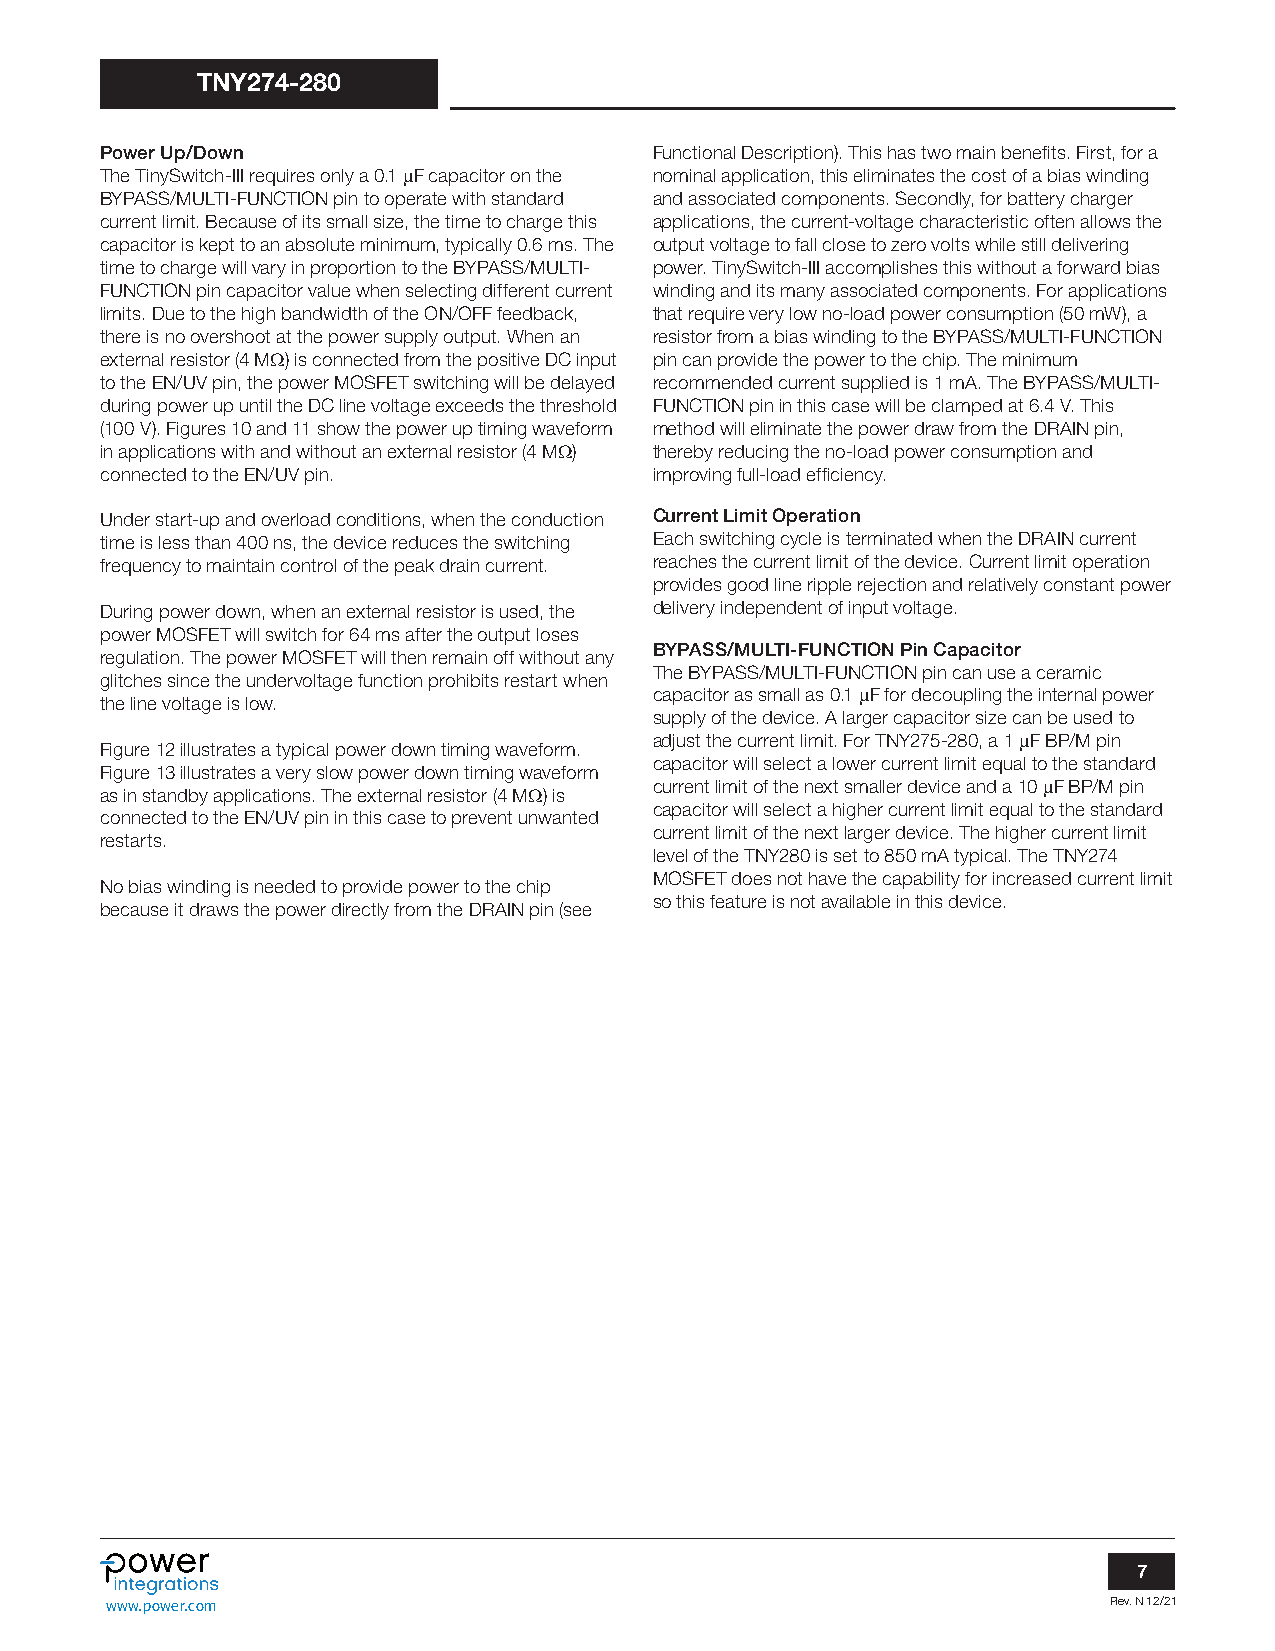
TNY274-280
 Power Up/Down                       Functional Description). This has two main benefits. First, for a
 The TinySwitch-III requires only a 0.1 mF capacitor on the nominal application, this eliminates the cost of a bias winding
 BYPASS/MULTI-FUNCTION pin to operate with standard and associated components. Secondly, for battery charger
 current limit. Because of its small size, the time to charge this applications, the current-voltage characteristic often allows the
 capacitor is kept to an absolute minimum, typically 0.6 ms. The output voltage to fall close to zero volts while still delivering
 time to charge will vary in proportion to the BYPASS/MULTI- power. TinySwitch-III accomplishes this without a forward bias
 FUNCTION pin capacitor value when selecting different current winding and its many associated components. For applications
 limits. Due to the high bandwidth of the ON/OFF feedback, that require very low no-load power consumption (50 mW), a
 there is no overshoot at the power supply output. When an resistor from a bias winding to the BYPASS/MULTI-FUNCTION
 external resistor (4 MW) is connected from the positive DC input pin can provide the power to the chip. The minimum
 to the EN/UV pin, the power MOSFET switching will be delayed recommended current supplied is 1 mA. The BYPASS/MULTI-
 during power up until the DC line voltage exceeds the threshold FUNCTION pin in this case will be clamped at 6.4 V. This
 (100 V). Figures 10 and 11 show the power up timing waveform method will eliminate the power draw from the DRAIN pin,
 in applications with and without an external resistor (4 MW) thereby reducing the no-load power consumption and
 connected to the EN/UV pin.         improving full-load efficiency.
 Under start-up and overload conditions, when the conduction Current Limit Operation
 time is less than 400 ns, the device reduces the switching Each switching cycle is terminated when the DRAIN current
 frequency to maintain control of the peak drain current. reaches the current limit of the device. Current limit operation
 provides good line ripple rejection and relatively constant power
 During power down, when an external resistor is used, the delivery independent of input voltage.
 power MOSFET will switch for 64 ms after the output loses
 BYPASS/MULTI-FUNCTION Pin Capacitor
 regulation. The power MOSFET will then remain off without any
 The BYPASS/MULTI-FUNCTION pin can use a ceramic
 glitches since the undervoltage function prohibits restart when
 capacitor as small as 0.1 mF for decoupling the internal power
 the line voltage is low.
 supply of the device. A larger capacitor size can be used to
 adjust the current limit. For TNY275-280, a 1 mF BP/M pin
 Figure 12 illustrates a typical power down timing waveform.
 capacitor will select a lower current limit equal to the standard
 Figure 13 illustrates a very slow power down timing waveform
 current limit of the next smaller device and a 10 mF BP/M pin
 as in standby applications. The external resistor (4 MW) is
 capacitor will select a higher current limit equal to the standard
 connected to the EN/UV pin in this case to prevent unwanted
 current limit of the next larger device. The higher current limit
 restarts.
 level of the TNY280 is set to 850 mA typical. The TNY274
 MOSFET does not have the capability for increased current limit
 No bias winding is needed to provide power to the chip
 so this feature is not available in this device.
 because it draws the power directly from the DRAIN pin (see
 7
 www.power.com                                                     Rev. N 12/21